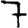
Digit: 7